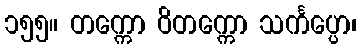
၁၅၅။ တက္ကော ဝိတက္ကော သင်္ကပ္ပော၊